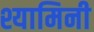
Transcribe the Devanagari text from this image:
श्यामिनी